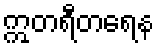
ဣတရီတရေန